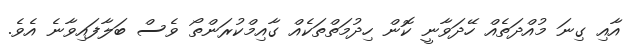
އާއި ގިނަ މުއްދަތެއް ހޭދަވާނީ ކޮން ހިދުމަތްތަކެއް ގާއިމްކުރަންތޯ ވެސް ބަލާފައިވާނެ އެވެ.